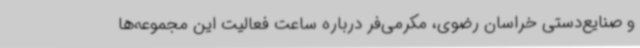
و صنایع‌دستی خراسان رضوی، مکرمی‌فر درباره ساعت فعالیت این مجموعه‌ها